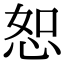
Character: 恕